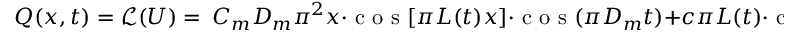
Q ( x , t ) = \mathcal { L } ( U ) = \ C _ { m } D _ { m } \pi ^ { 2 } x \cdot \mathrm { ~ c ~ o ~ s ~ } [ \pi L ( t ) x ] \cdot \mathrm { ~ c ~ o ~ s ~ } ( \pi D _ { m } t ) + c \pi L ( t ) \cdot \mathrm { ~ c ~ o ~ s ~ } [ \pi L ( t ) x ] + \nu [ \pi L ( t ) ] ^ { 2 } \cdot \mathrm { ~ s ~ i ~ n ~ } [ \pi L ( t ) x ]